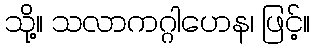
သို့။ သလာကဂ္ဂါဟေန၊ ဖြင့်။